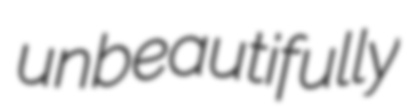
unbeautifully